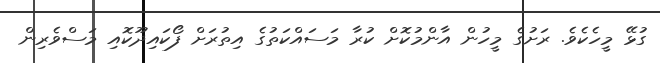
ގުޅޭ މީހެކެވެ. ރަށުގެ މީހުން އާންމުކޮށް ކުރާ މަސައްކަތުގެ އިތުރަށް ފޯކައިދޫކޮއި މަސްވެރިން